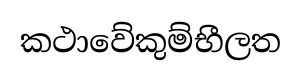
කථාවේකුම්භීලත